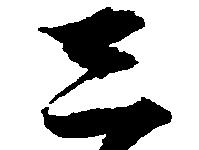
し